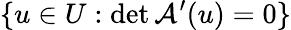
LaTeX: \{ u\in U:\operatorname*{det}\mathcal{A}^{\prime}(u)=0\}